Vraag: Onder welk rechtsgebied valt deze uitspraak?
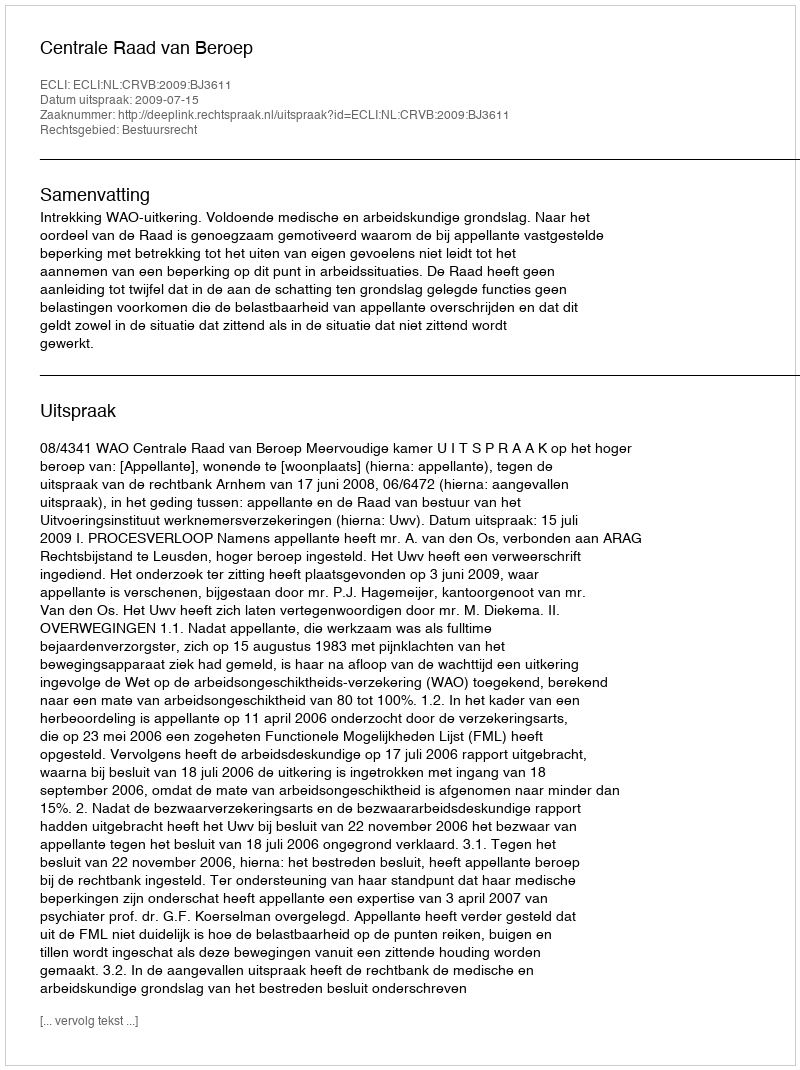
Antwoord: Bestuursrecht